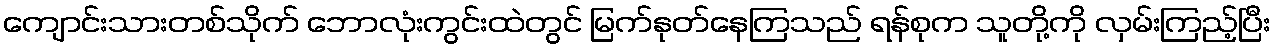
ကျောင်းသားတစ်သိုက် ဘောလုံးကွင်းထဲတွင် မြက်နုတ်နေကြသည် ရန်စုက သူတို့ကို လှမ်းကြည့်ပြီး